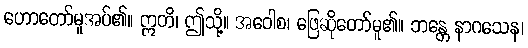
ဟောတော်မူအပ်၏။ ဣတိ၊ ဤသို့။ အဝေါစ၊ ဖြေဆိုတော်မူ၏။ ဘန္တေ နာဂသေန၊